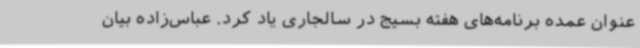
عنوان عمده برنامه‌های هفته بسیج در سالجاری یاد کرد. عباس‌زاده بیان